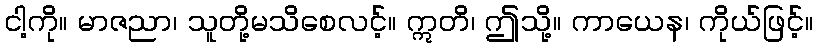
ငါ့ကို။ မာဇညာ၊ သူတို့မသိစေလင့်။ ဣတိ၊ ဤသို့။ ကာယေန၊ ကိုယ်ဖြင့်။